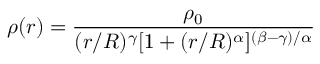
\rho ( r ) = \frac { \rho _ { 0 } } { ( r / R ) ^ { \gamma } [ 1 + ( r / R ) ^ { \alpha } ] ^ { ( \beta - \gamma ) / \alpha } }